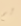
لم